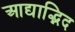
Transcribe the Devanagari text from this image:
आद्याद्भिद